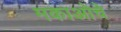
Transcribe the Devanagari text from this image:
मकाओचे